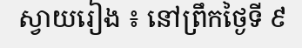
ស្វាយរៀង ៖ នៅព្រឹកថ្ងៃទី ៩